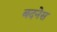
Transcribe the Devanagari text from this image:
बदनेस